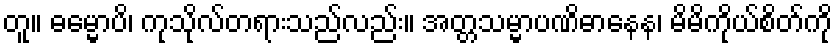
တူ။ ဓမ္မောပိ၊ ကုသိုလ်တရားသည်လည်း။ အတ္တသမ္မာပဏိဓာနေန၊ မိမိကိုယ်စိတ်ကို